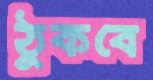
ঠুকবে